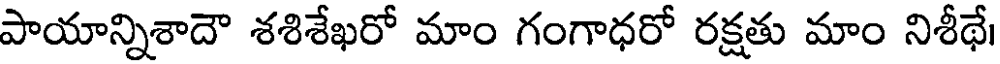
పాయాన్నిశాదౌ శశిశేఖరో మాం గంగాధరో రక్షతు మాం నిశీథే